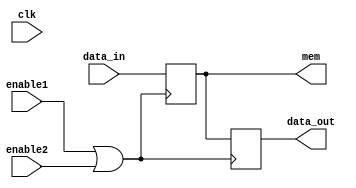
module clock_gated_memory(
    input wire clk,               // System clock
    input wire enable1,          // First enable signal
    input wire enable2,          // Second enable signal
    // Additional enable signals can be added here
    input wire [7:0] data_in,    // Data input for memory block
    output reg [7:0] data_out,    // Data output for memory block
    output reg [7:0] mem         // Memory block (example size)
);

// Gated clock signal
wire gated_clk;

// OR gate to combine enable signals
assign gated_clk = enable1 | enable2; // You can expand this for more enable signals

// Memory block operation
always @(posedge gated_clk) begin
    // Memory write or read operation
    if (gated_clk) begin
        // For example, if we want to store the input data into memory
        mem <= data_in; // Capture the input data on the gated clock
    end

    // Read the data from memory
    data_out <= mem; // Output the stored memory data
end

endmodule